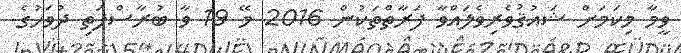
ވީމާ މިކަމަށް ޝައުޤުވެރިވެލައްވާ ފަރާތްތަކުން 2016 މޭ 19 ވާ ބުރާސްފަތި ދުވަހުގެ